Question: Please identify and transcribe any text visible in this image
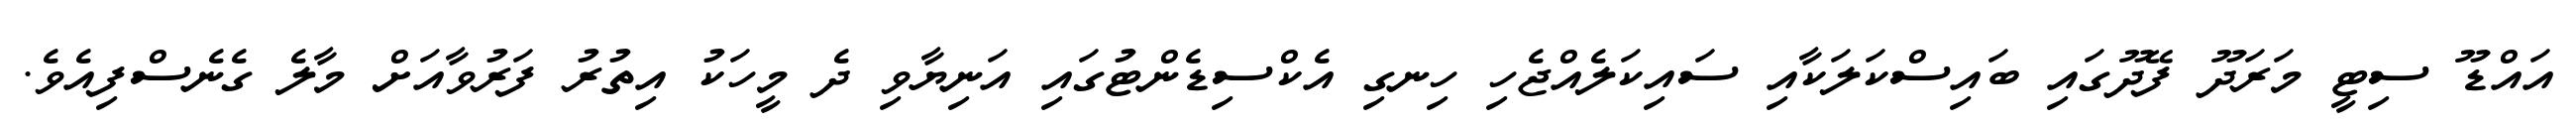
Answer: އައްޑޫ ސިޓީ މަރަދޫ ފޭދޫގައި ބައިސްކަލަކާއި ސައިކަލެއްޖެހި ހިނގި އެކްސިޑެންޓުގައި އަނިޔާވި ދެ މީހަކު އިތުރު ފަރުވާއަށް މާލެ ގެނެސްފިއެވެ.